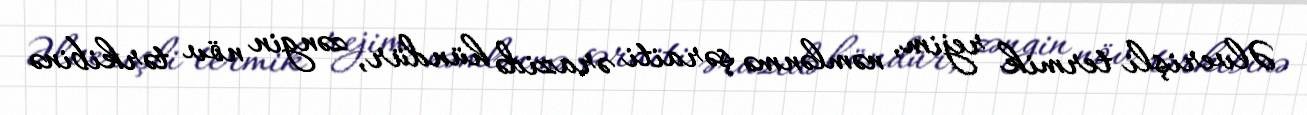
Əlverişli termik rejim, nəmlənmə şəraiti ərazidə hündür, zəngin növ tərkibinə